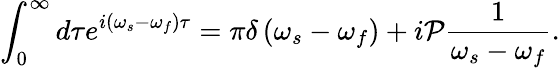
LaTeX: \int_{0}^{\infty}d\tau e^{i\left(\omega_{s}-\omega_{f}\right)\tau}=\pi\delta\left(\omega_{s}-\omega_{f}\right)+i\mathcal{P}\frac{1}{\omega_{s}-\omega_{f}}.